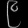
Digit: ၉